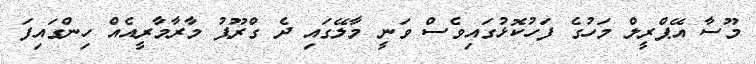
މޫސާ އޭޕްރީލް މަހުގެ ފަހުކޮޅުގައިވެސް ވަނީ މާލޭގައި ދެ ގްރޫޕު މާރާމާރީއެއް ހިންގައިފަ